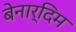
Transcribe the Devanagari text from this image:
बेनार्दिम